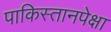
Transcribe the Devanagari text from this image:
पाकिस्तानपेक्षा